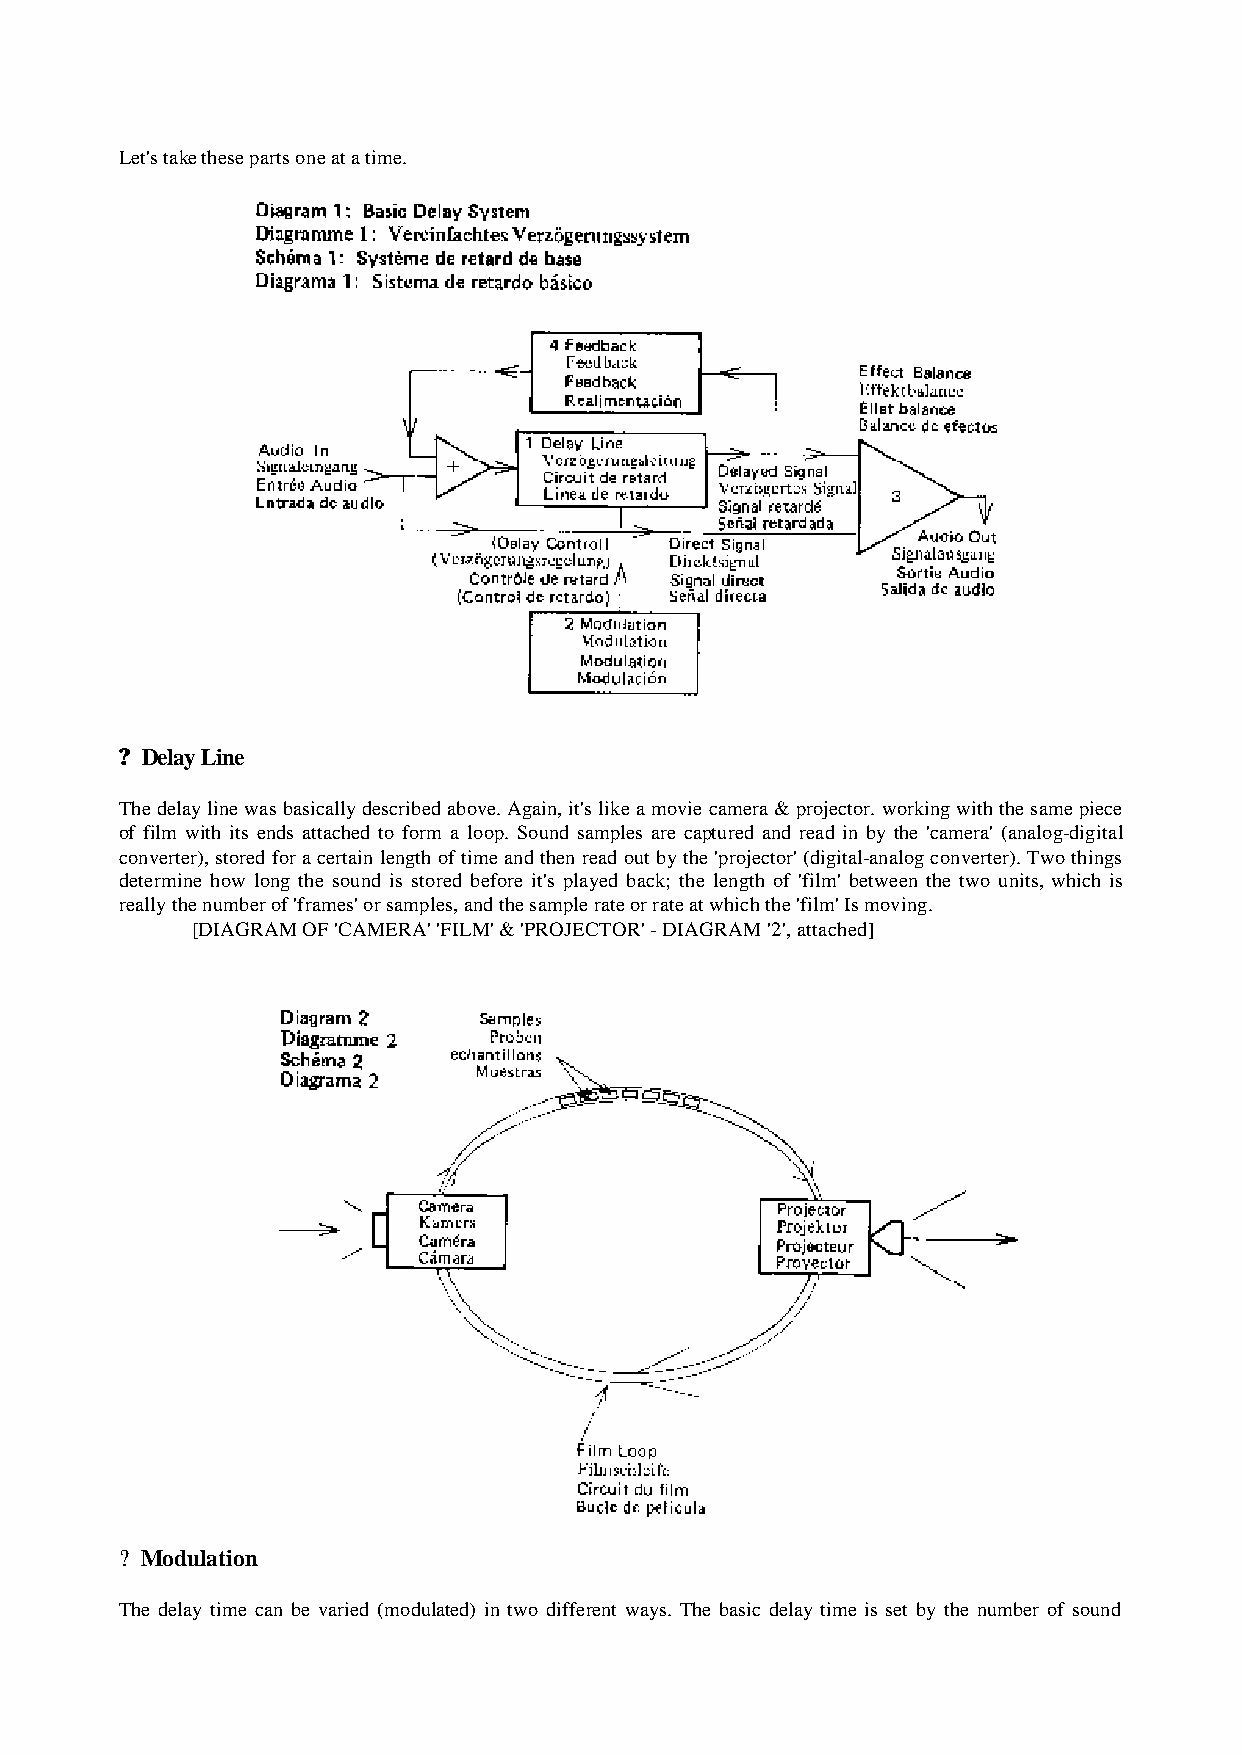
Let's take these parts one at a time.
 ? Delay Line
 The delay line was basically described above. Again, it's like a movie camera & projector. working with the same piece
 of film with its ends attached to form a loop. Sound samples are captured and read in by the 'camera' (analog-digital
 converter), stored for a certain length of time and then read out by the 'projector' (digital-analog converter). Two things
 determine how long the sound is stored before it's played back; the length of 'film' between the two units, which is
 really the number of 'frames' or samples, and the sample rate or rate at which the 'film' Is moving.
 [DIAGRAM OF 'CAMERA' 'FILM' & 'PROJECTOR' - DIAGRAM '2', attached]
 ? Modulation
 The delay time can be varied (modulated) in two different ways. The basic delay time is set by the number of sound